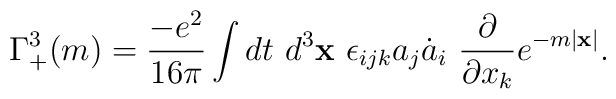
\Gamma_{+}^{3}(m)=\frac{-e^{2}}{16\pi}\int d t ~d^{3}{\bf x}~\epsilon_{ijk}a_{j} \dot{a}_{i}~\frac{\partial}{\partial x_{k}} e^{-m|{\bf x}|}.